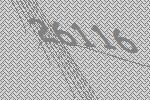
26116